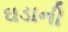
ઘડાની